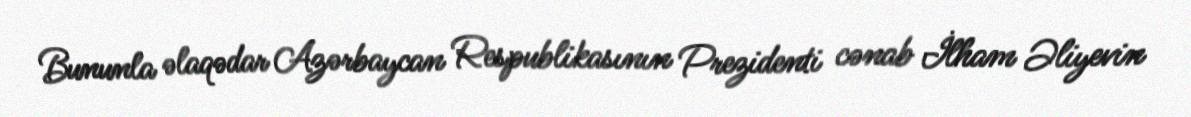
Bununla əlaqədar Azərbaycan Respublikasının Prezidenti cənab İlham Əliyevin